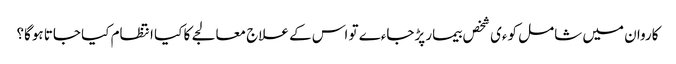
کاروان میں شامل کوءی شخص بیمار پڑجاءے تو اس کے علاج معالجے کا کیا انتظام کیا جاتا ہوگا؟